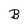
Character: B